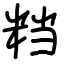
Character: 𥹥